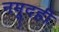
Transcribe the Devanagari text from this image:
नमूदही